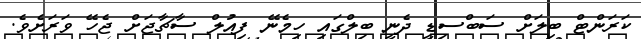
ކަރަންޓް ބިލަށް ސަބްސިޑީ ދެނީ ބިލްގައި ހިމެނޭ ފިއުލް ސާޗާޖަށް ޖެހޭ ވަރަށެވެ.